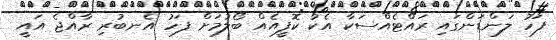
ފަހު ލަންޑަންގައި ރައްޓެއްސަކާ އެކު ކޮފީއެއް ބޯލުމަށް ފަހު އެނބުރި ރާއްޖެ އައީ